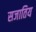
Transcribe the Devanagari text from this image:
सजातिय